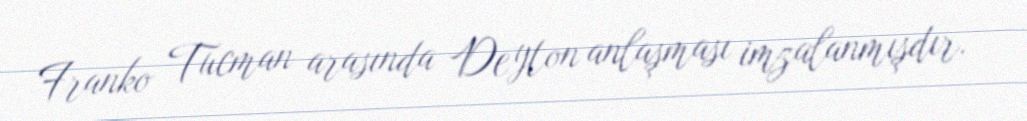
Franko Tucman arasında Deyton anlaşması imzalanmışdır.